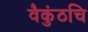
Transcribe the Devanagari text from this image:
वैकुंठचि